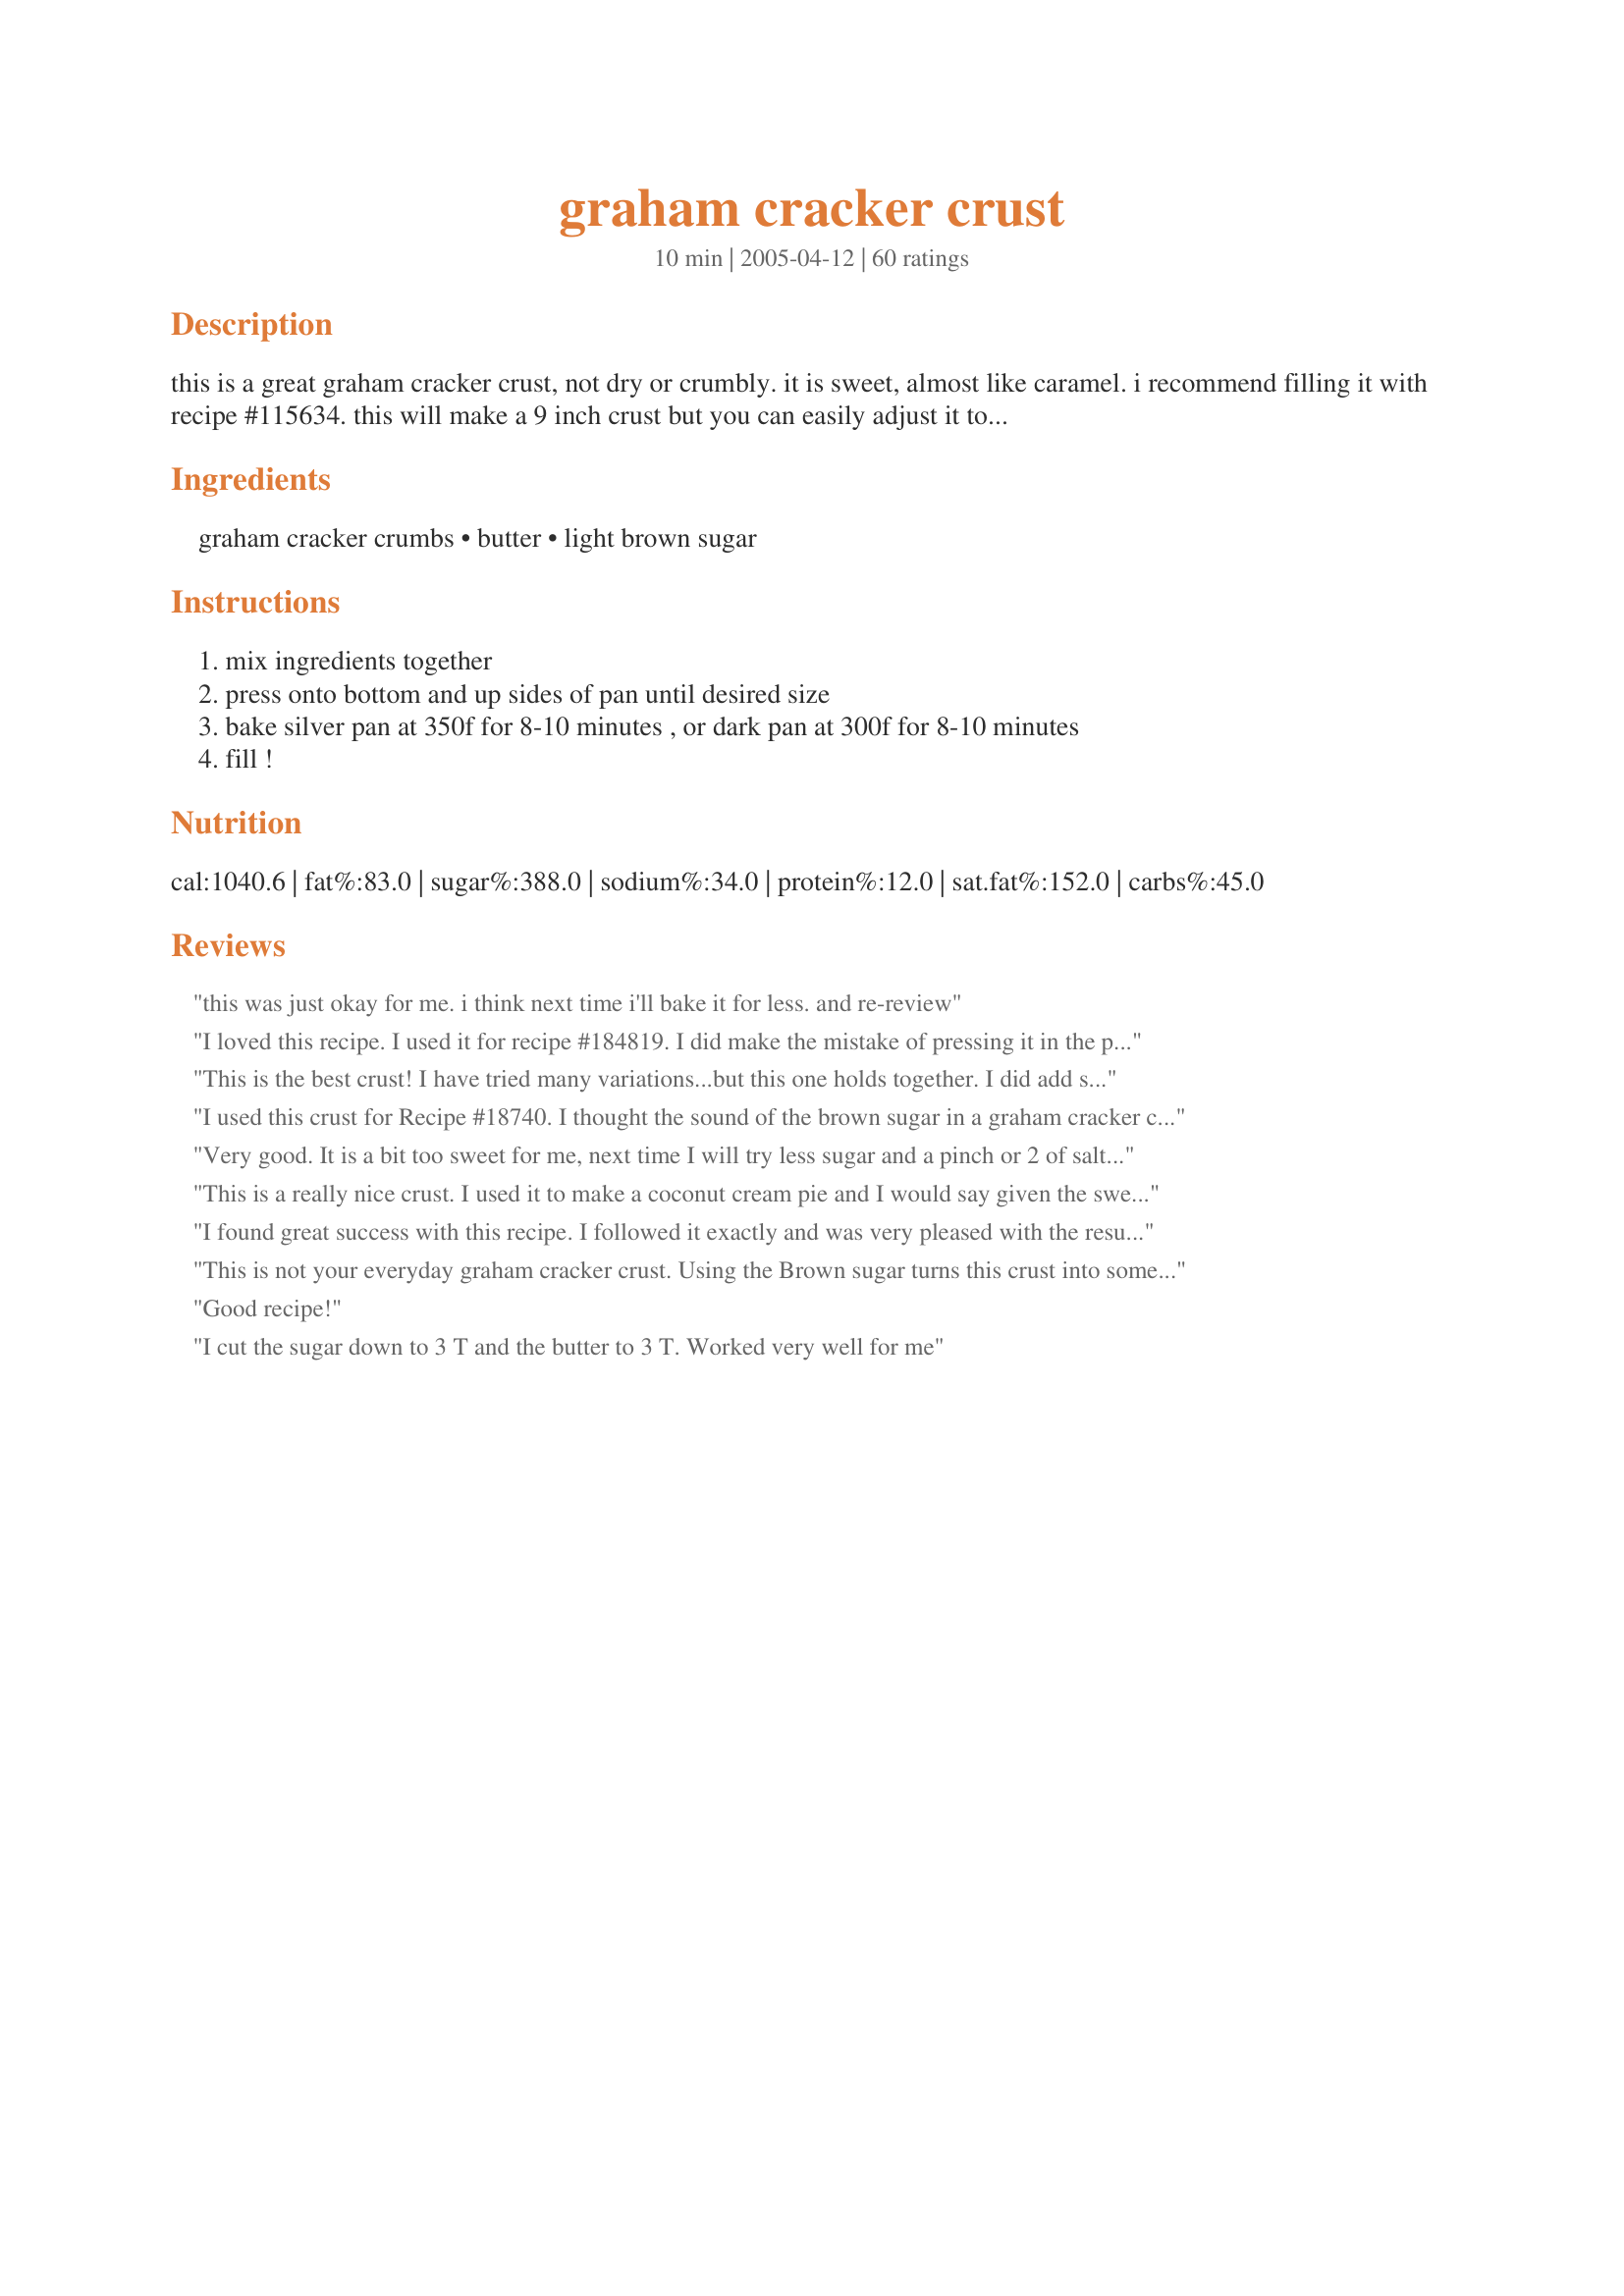
graham cracker crust
Preparation time: 10 minutes

this is a great graham cracker crust, not dry or crumbly. it is sweet, almost like caramel. i recommend filling it with recipe #115634. this will make a 9 inch crust but you can easily adjust it to make a taller 10 inch cheesecake crust.

Ingredients:
graham cracker crumbs, butter, light brown sugar

Steps:
mix ingredients together, press onto bottom and up sides of pan until desired size, bake silver pan at 350f for 8-10 minutes , or dark pan at 300f for 8-10 minutes, fill !

Reviews:
this was just okay for me. i think next time i'll bake it for less. and re-review
I loved this recipe. I used it for recipe #184819. I did make the mistake of pressing it in the pan too hard after I read the tip not to. I used a glass pan and I had to cut it with a butter knife and then use a metal spatula to get it all out. Next time I will not press so hard. I will definately be making this again and again.
This is the best crust! I have tried many variations...but this one holds together. I did add some chopped pecans to the crust as I made "recipe #379243". Not the usual crust for this pie...
but it worked perfectly. Thank you for sharing. This is now the only crumb crust for me!
I used this crust for Recipe #18740. I thought the sound of the brown sugar in a graham cracker crust sounded intriguing. We did think the variation of flavor was good, but it was way too sweet for our taste. I also had a lot of trouble with it sticking to my glass pie plate. If I make it again, I'll spray the pie plate and reduce the brown sugar to only a few Tablespoons. Thanks for posting!
Very good. It is a bit too sweet for me, next time I will try less sugar and a pinch or 2 of salt. Other recipes call for 1/4 cup, sounds about right.
This is a really nice crust. I used it to make a coconut cream pie and I would say given the sweetness of the coconut cream it was a little too sweet for me (having said that I used the brown sugar). I think it would be best with a super sweet pie (like a mocha mud pie or something) or a not very sweet pie (like a cranberry). Otherwise this crust is close to perfect. Thanks for the great recipe Mommy Makes....
I found great success with this recipe. I followed it exactly and was very pleased with the results. Thanks for a keeper recipe.
This is not your everyday graham cracker crust. Using the Brown sugar turns this crust into something so sinful... i could eat it just by itself. It's an amazing compliment to the best ever cheesecake recipe. Thanks so much for sharing this great recipe.
Good recipe!
I cut the sugar down to 3 T and the butter to 3 T. Worked very well for me
I have made this crust many, many times always consistent holds especially well for my cheesecakes, as I always leave them to ripen in the spring form pan for 2 days in my refrigerator and they slide off the bottom form easily. I like the sweetness and the crunchiness for my cheesecakes and pies. I also will add finely chopped pecans to taste especially for my DH who loves them. I prefer the brown sugar demerara it is crunchy and not so sweet. Sorry, I took so long to post the review MommyMakes!
This was really good and really easy! I used cinnamon graham crackers from Trader Joe's and the result was REALLY good!
So good and easy! I added some cinnamon, fresh grated nutmeg and.a pinch of salt. Made the whole house smell great and went.lovely with my tart lime pie :)
Perfect. I used it for my ice cream pie for 4th of July! Everyone love it. Thanks!!!
I used this for to make the cheesecake suggested in the introduction and it made a wonderful crust. Here in the UK we don't have Graham Crackers or crumbs, so I used digestive biscuits to make crumbs from, which are the closest substitution and it worked just fine. Great crust that I'll be using a lot from now on. thanks for sharing.
This crust tastes like toffee, and it is super sweet. It turned out really nice, and I did make it with The Best Ever Cheesecake recipe you suggested, and it was so good. I will try this one with a different pie, maybe a apple something or other. If you arent wanting a really sweet crust, then do not use this recipe, but if you like really sweet stuff, then this is for you. THANKS!
Fast, easy, and tasty. I'll never buy a graham cracker crust at the store again.
Wonderful graham cracker crust - goes together easily and stays together while eating too! I used half brown sugar and half splenda - pulsed everything in my food processor and it went together in a jiffy. Used as a crust for a frozen margarita cheesecake - this will be my go-to graham cracker crust recipe! *Update, just an FYI for next time since I've made this twice now and am bound to make again - I used one full sleeve of graham crackers for this recipe.
This is a delicious crust and so very easy to make. I made it with "Recipe#239506" and it came out perfectly. I love the addition of the brown sugar. I made one in a silver pan and I wouldn't recommend baking at 350 degrees because mine got a little browner than I wanted it. The other crust was done in a lighter pie pan for 10 minutes at 300 degrees and that was just right. Thanks for sharing!
Sweet but not too sweet, goes together wonderfully!
I baked it with the filling in it. It turned out great!
This was so incredibly easy to make and it makes a delicious, sweet crust. I only baked it for 7 minutes in a white glass pan because the cheesecake I'm making requires 45 minutes of bake time. I didn't want the crust to get overdone. The brown sugar really adds a unique taste to the crust! Much better than store bought and almost just as easy! Thanks MommyMakes!
Great crust! Easy to work with, and smells awesome while it's baking. I used it for Yogi's Silky Chocolate Peanut Butter Pie (definitely worth trying) recipe #38401, and it was super good. This will be a keeper in my pie arsenal!! Thanks!
This crust is so easy and very sweet and tasty. I usually buy store bought, but never again. I made this for a chocolate cream pie recipe (#43100). It came out great! This recipe is definitely a keeper. Thank you so much for posting!
Very easy to put together using the food processor. I added a full sleeve of cinnamon graham crackers plus three more whole crackers because I was making a 10 inch deep dish Pumpkin Fluff pie. Everyone is right, the house does smell delicious!
This is my favorite recipe for graham cracker crust (and now the only recipe that I use). I have made many cream pies with this recipe and today used this crust for Fresh Strawberry Pie (Recipe #16881). It held together very well and tasted great with the strawberries.
Ah, so easy and so good. I used it for a chocolate pie tonight and while my expectations were low, I was very pleased with the outcome. Now for the pumpkin pie.
This was just perfect! I had a recioe for a Milky Way pie and not premade crust. My family liked the crust better than the pie, ans they loved the pie. I think the brown sugar was the key to this "scrumptious" (my 5 YO DGD word) pie crust.
I used Honey Graham Crackers from Trader Joe's and it was really good! I didn't put sugar in it, though. I made a Cool Whip pie.
This crust is delicious. I used a clear glass pie dish and baked it at 325 degrees for 10 minutes. I came out perfect. I made this crust with the Butterfinger Pie #29478. This is a keeper. Thanks so much for sharing.
I just realized I added my pic of this recipe about six months ago when I made it the first time but I never reviewed! Great tasting crust, perfect cheesecake base. Obviously it is my go to recipe!
Terrific pie crust!! I used it for a banana cream pie, recipe #30946, twice now and it is delicious! I used the white sugar so it wouldn't be overly sweet and it was great. Just a note to you novice cooks like myself, only press the crumbs in lightly, otherwise it will be too hard and almost impossible to cut into. Thanks for a great recipe MommyMakes!
With a recipe this easy, who would buy the pre-made crusts? I used this with recipe #29478 and it turned out wonderfully! Thanks!
I had always thought I should be able to whip up a graham cracker crust from scratch without a recipe but they never turned out quite right. So I decided to find a "recipe" for it and tried this one. I had to make 12 pies for an event I catered and every one of them turned out magnificent (thats better than 5 stars)! MommyMakes has the perfect ratios to make a crust that doesn't crumble when cut. 1 cup was plenty to fill my 9" pyrex pie plates. I add the sugar to the blender as I am crushing the crackers to make sure it gets distributed throughout. I will definitely use this recipe a lot in the future. Thank you for posting!
This was my first time making a pie crust. I made two of them using brown sugar in one, and regular in the other. I made two banana coconut cream pies. I was afraid the brown sugar would be two over-powering, so I made a back up with regular sugar. My mom and I liked the brown sugar recipe way better, although my dad really liked the crust with regular sugar. I baked mine, in those little foil like pie pans, at only 300 degrees for ten minutes, and they came out perfect. Very easy, and simple.
I used this recipe for my pumpkin pies this Thanksgiving and it was perfect! I did not bake the crusts beforehand since it takes so long to bake pumpkin pies. Everyone raved and it was SO easy!
Nice flavor. I wasn't sure how much I'd like it so I did half brown sugar & half white sugar. I didn't bake it either. I just sprinkled it over some instant pudding for a quick dessert. Turned out really good. Thanks!
Very easy and very good. I could not find the recipe I usually used, so I tried this one. It was much better than the one I usually use.
Thank you for this recipe, i used brown sugar and it was so good, i filled one with butterscotch pudding, and the other one i filled with chocolate pudding, then i covered them both with whipped cream, they were so easy to make and tasted great.
thanks for saving me a trip to the store. don't add too much butter or it will give you a soggy crust. this is going into my keeper file, thank you for sharing!
I also was looking for a crust for a banana cream pie. I bake a lot; pastries, cakes, bread (even sourdough!) but for some reason making a pie crust from scratch makes my blood run cold. So I figured graham was the way to go. This recipe is super simple (not that this sort of thing is at all hard) and makes a delicious crust. People will compliment you endlessly. I do something similar with several of my cheesecake recipes. You can sub the graham crumbs for nutter butter cookies, oreos, nilla wafers; the possibilities are endless. Get creative!
Used this to make a banana cream pie recently. I agree that made with the brown sugar, it's definitely a very sweet crust. It worked for my purposes and the taste was perfectly complementary to the pie I made. Thanks for posting, I'll definitely be using this crust recipe again in the future!
Fabulous! I used white sugar, as it was for a turtle cheesecake and I thought it would be sweet enough already. My daughter smelled it cooking and thought it was the whole dessert, but it was just the smell of this wonderful pie crust! The pie pan I used was a deep dish one, but I still had enough to cover it.
Wonderful graham cracker crust recipe. Thanks for posting.
So easy to make and bake!!! I used this crust to make Recipe #282823 in a 9 in square glass pan. I chose to use the brown sugar for something a little different and loved the taste. You could really tell the crust was homemade... I baked my crust at 325F for 10 minutes just because I like my crusts on the light side of brown... I will never buy a premade crust again! Thanks so much!!!
I've used this crust many times to make Libby's Famous Pumpkin Pie (<a href="/101104">Libby's Famous Pumpkin Pie</a>). My recommendation with that recipe is not to cook the crust before filling it. I've found that the pie crust tends to burn at the edges if I use it then. That would probably be true with any recipe where the starting temperature is 425, but that's just a guess.

The recipe is great, has a great flavor, and is really simple. I do find it turns out better if I break up the graham crackers myself rather than buying graham cracker crumbs. It comes out much fresher that way.
This works equaly well with a chocolate crumb using the brown sugar. I used it with So Easy Banana Caramel Cream Pie (No Bake) Recipe #148535. Perfect combination. :)
This crust is terrific! It came together just right, didn't fall apart when I sliced the pie (key lime), and tasted sooo good! :D Thanks for sharing it!
This went together easily and quickly. I used it to make a cheesecake. Thanks!
Very good crust. I used this for Recipe #238800. Very easy and great flavor.
I've used this crust recipe for several different pies, and it's delicious. Either type of sugar works fine, but I warn you - the brown sugar version is very sweet. That's the one I used for a Lemon Meringue Pie, and the sweet crust was a good offset to the tart lemon. I also found that the crust cut and held together better after baking it for a few minutes. Thanks for such a good, reliable recipe.
Thanks to this recipe, I now have a go to graham cracker crust recipe. It's great!
This crust was AWESOME! I filled it with some chocolate pudding and it was awesome! A simple yet delicious dessert. Thank you for sharing!
Very easy to make and tastes very good. I use it with my sweet potatoe casserole!
I've made this twice now and both times it was perfect. Very easy and it tastes better than store bought. Thanks!
Smells incredible coming out of the oven! You don't get that with store-bought. Pretty quick and easy. I just used one whole package (I think it's 8 whole crackers), which gave me a little more than 1 c., but it turned out ok.
Absolutely perfect, thanks!!
This was fast, easy and much better than a store bought crust. I used white sugar and baked it for 10 minutes. Next time I will try the brown sugar. Thanks for sharing your recipe MommyMakes!
This is sooooo good! I will never use another recipe. Using brown sugar instead of white makes this so rich. The texture and taste are perfect.
I made this for my watermelon pie bars. I doubled it and put it in my cake pan. I spread 2 eggs whites over it before I baked. Delicious.
